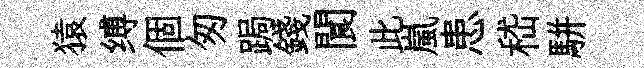
猿缚個匆跼錢閬此嵐患嵇駢